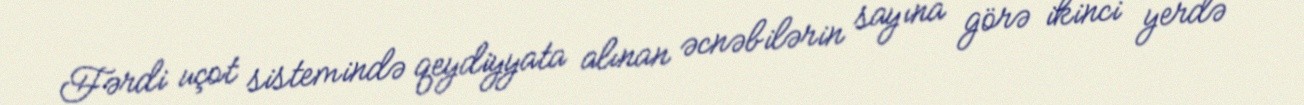
Fərdi uçot sistemində qeydiyyata alınan əcnəbilərin sayına görə ikinci yerdə